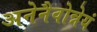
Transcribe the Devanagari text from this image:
अनेनैवोन्नेयं